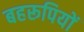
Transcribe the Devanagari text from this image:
बहरूपियों